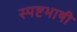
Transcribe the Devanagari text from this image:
स्पष्टभाषी